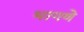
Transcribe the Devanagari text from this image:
भागणे